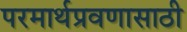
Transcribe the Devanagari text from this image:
परमार्थप्रवणासाठी